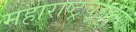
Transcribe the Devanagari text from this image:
महाराष्ट्रचूडामणिः